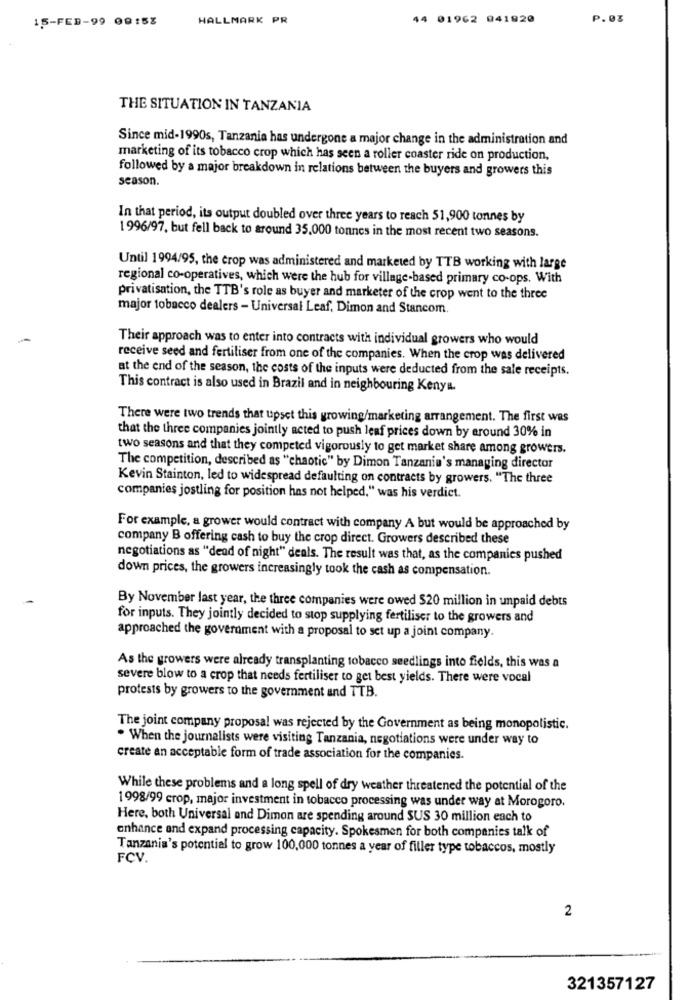
15-FED-99 09:58
HALLMARK PR
44 01962 041920
P.03
THE SITUATION IN TANZANIA
Since mid-1990s, Tanzania has undergone a major change in the administration and
marketing of its tobacco crop which has seen a roller coaster ride on production,
followed by a major breakdown in relations between the buyers and growers this
season.
In that period, its output doubled over three years to reach 51,900 tonnes by
1996/97. but fell back to around 35,000 tonnes in the most recent two seasons.
Until 1994/95, the crop was administered and marketed by TTB working with large
regional co-operatives, which were the hub for village-based primary co-ops. With
privatisation, the TTB's role as buyer and marketer of the crop went to the three
major tobacco dealers - Universal Leaf, Dimon and Stancom.
Their approach was to enter into contracts with individual growers who would
receive seed and fertiliser from one of the companies. When the crop was delivered
at the end of the season, the costs of the inputs were deducted from the sale receipts.
This contract is also used in Brazil and in neighbouring Kenya.
There were two trends that upset this growing/marketing arrangement. The first was
that the three companies jointly acted to push leaf prices down by around 30% in
two seasons and that they competed vigorously to get market share among growers.
The competition, described as "chaotic" by Dimon Tanzania's managing director
Kevin Stainton, led to widespread defaulting on contracts by growers. "The three
companies jostling for position has not helped," was his verdict.
For example, a grower would contract with company A but would be approached by
company B offering cash to buy the crop direct. Growers described these
negotiations as "dead of night" deals. The result was that, as the companies pushed
down prices, the growers increasingly took the cash as compensation.
By November last year, the three companies were owed $20 million in unpaid debts
for inputs. They jointly decided to stop supplying fertiliser to the growers and
approached the government with a proposal to set up a joint company.
As the growers were already transplanting tobacco seedlings into fields, this was a
severe blow to a crop that needs fertiliser to get best yields. There were vocal
protests by growers to the government and TTB.
The joint company proposal was rejected by the Government as being monopolistic.
. When the journalists were visiting Tanzania, negotiations were under way to
create an acceptable form of trade association for the companies.
While these problems and a long spell of dry weather threatened the potential of the
1998/99 crop, major investment in tobacco processing was under way at Morogoro.
Here, both Universal and Dimon are spending around SUS 30 million each to
enhance and expand processing capacity. Spokesmen for both companies talk of
Tanzania's potential to grow 100,000 tonnes a year of filler type tobaccos, mostly
FCV.
2
321357127